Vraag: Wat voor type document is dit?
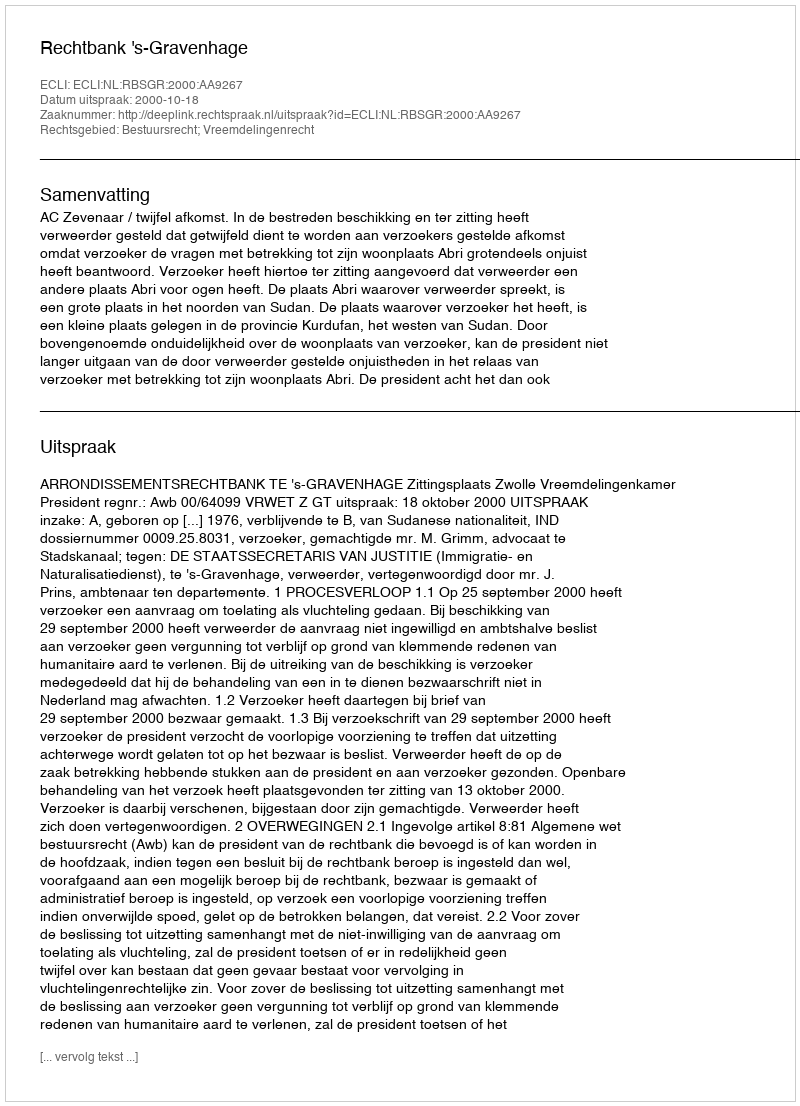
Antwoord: Uitspraak